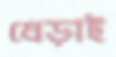
ধেড়াই